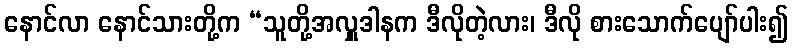
နောင်လာ နောင်သားတို့က “သူတို့အလှူဒါနက ဒီလိုတဲ့လား၊ ဒီလို စားသောက်ပျော်ပါး၍